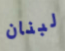
لبنان